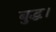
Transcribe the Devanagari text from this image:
बुद्ध।